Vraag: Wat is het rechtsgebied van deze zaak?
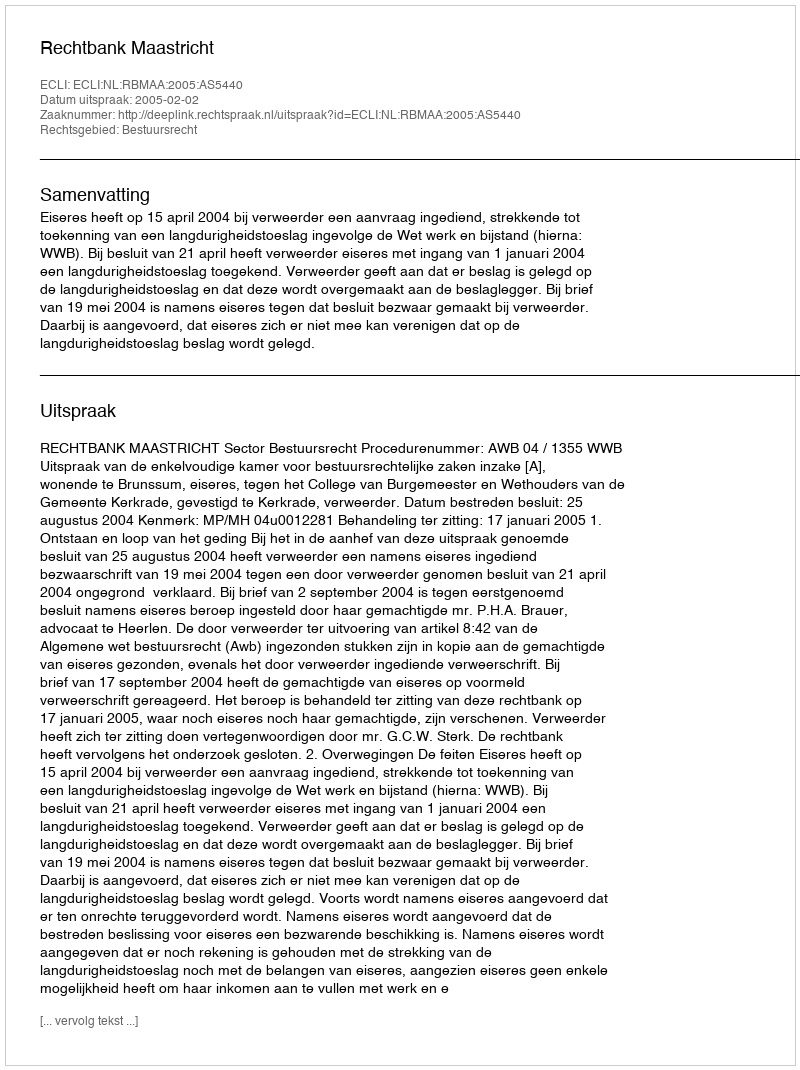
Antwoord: Bestuursrecht